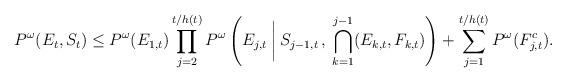
LaTeX: \begin{align*} P^\omega(E_t, S_t)\leq P^\omega(E_{1,t})\prod_{j=2}^{t/h(t)}P^\omega\left(E_{j,t} \:\bigg\vert\: S_{j-1,t}\, ,\:\bigcap_{k=1}^{j-1} (E_{k,t}, F_{k,t})\right) + \sum_{j=1}^{t/h(t)}P^\omega(F_{j,t}^c).\end{align*}